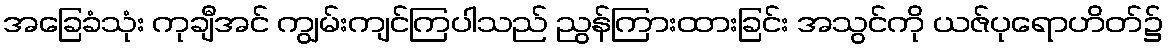
အခြေခံသုံး ကုချီအင် ကျွမ်းကျင်ကြပါသည် ညွန်ကြားထားခြင်း အသွင်ကို ယဇ်ပုရောဟိတ်၌